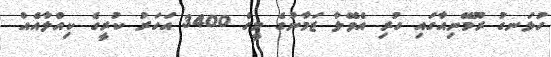
ހުޅަނގު ރޫމޭނިއާގައި ހުރި އެވޭލާ ޒަމާނުގެ މީގެ 3400 އަހަރު ކުރީގެ ކިއްލާއެއް